Lunatic asylums Madras 1892-1911 - 1892-1911
Year: 1892
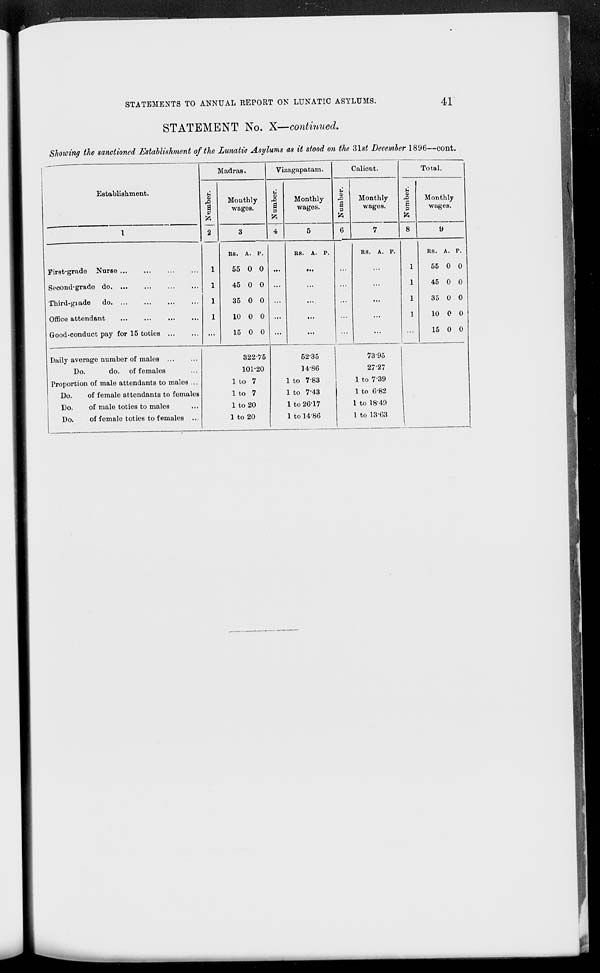
STATEMENTS TO ANNUAL REPORT ON LUNATIC ASYLUMS.
STATEMENT No. X— continued.
41
Showing the sanctioned Establishment of the Lunatic Asylums as it stood on the Slst December 1896—cont.
Establishment.
Madras.
o
a
ft
Monthly
wages.
Vizagapatam.
u
a s
ft
Monthly
wages.
Calient.
Ol
a
ft
Monthly
wages.
Total.
0)
,0
a p
ft
First-grade Nurse
Second-grade do. ...
Third-giade
do
Office attendant
Good-conduct pay for 15 toties ...
Its. A. p.
55 0 0 ...
45 0 0 ...
35 0 0 ...
10 0 0 ...
15 0 0 ...
B8. A. P.
Daily average number of males ...
Do.
do. of females
Proportion of male attendants to males ...
Do.
of female attendants to females
Do.
of male toties to males
Do.
of female toties to females ...
322-75
101-20
1 to 7
1 to 7
1 to 20
1 to 20
5235
14-86
1 to 783
1 to 7'43
1 to 26-17
1 to 14-86
7395
2727
1 to 739
1 to 6-82
1 to 18-49
1 to 13-G3
Monthly
wages.
...
RS. A. P.
1
1
1
]
RS. A. P.
55 0 0
45 0 0
35 0 0
10 0 0
15 0 0
]
1,
f\